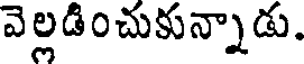
వెల్లడించుకున్నాడు.